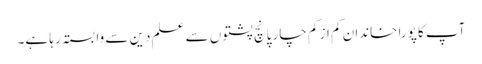
آپ کا پورا خاندان کم از کم چار پانچ پشتوں سے علم دین سے وابستہ رہا ہے۔